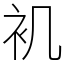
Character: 䘛